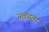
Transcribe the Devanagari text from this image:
नवहता